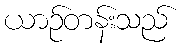
ယာဉ်တန်းသည်